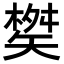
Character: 𮀇